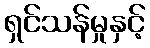
ရှင်သန်မှုနှင့်